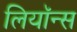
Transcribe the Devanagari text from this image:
लियॉन्स